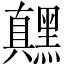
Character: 𬹙